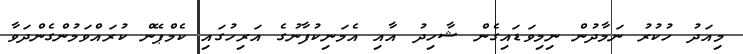
މިއަދު ހުކުރު ނަމާދުން ނިމިވަޑައިގެން ޝާހިދު އާއި އެމަނިކުފާނުގެ އަރިހުގައި ކެމްޕޭން ކުރައްވަމުންގެންދަވާ